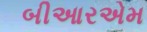
બીઆરએમ